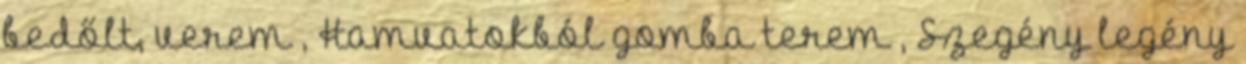
bedőlt, verem , Hamvatokból gomba terem , Szegény legény